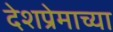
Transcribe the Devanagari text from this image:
देशप्रेमाच्या